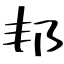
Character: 邦